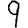
Digit: 9